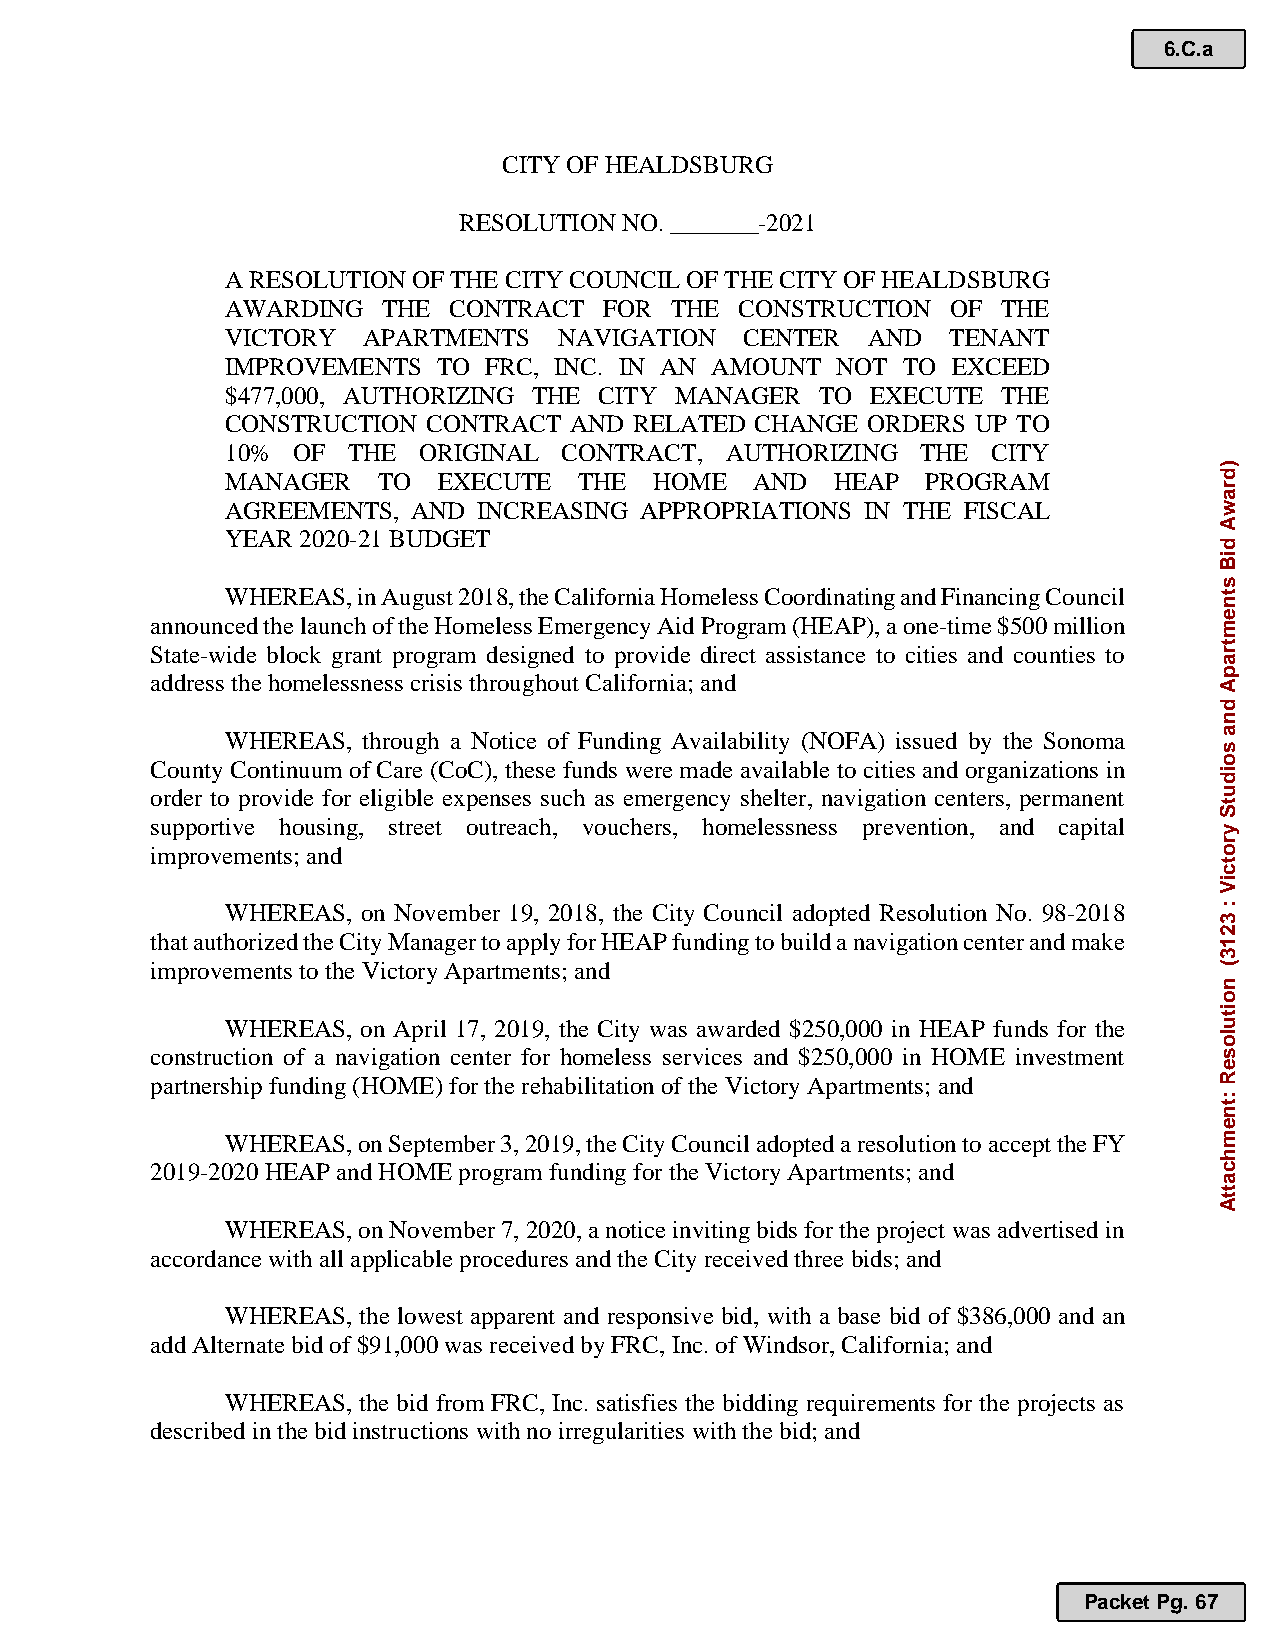
6.C.a
 CITY OF HEALDSBURG
 RESOLUTION NO. _______-2021
 A RESOLUTION OF THE CITY COUNCIL OF THE CITY OF HEALDSBURG
 AWARDING  THE  CONTRACT  FOR THE  CONSTRUCTION  OF THE
 VICTORY  APARTMENTS   NAVIGATION  CENTER  AND   TENANT
 IMPROVEMENTS  TO FRC, INC. IN AN AMOUNT NOT  TO EXCEED
 $477,000, AUTHORIZING THE CITY MANAGER TO  EXECUTE THE
 CONSTRUCTION CONTRACT  AND RELATED CHANGE ORDERS  UP TO
 10% OF  THE  ORIGINAL CONTRACT,  AUTHORIZING  THE  CITY
 MANAGER   TO  EXECUTE  THE  HOME   AND  HEAP  PROGRAM
 AGREEMENTS, AND  INCREASING APPROPRIATIONS IN THE FISCAL
 YEAR 2020-21 BUDGET
 WHEREAS, in August 2018, the California Homeless Coordinating and Financing Council
 announced the launch of the Homeless Emergency Aid Program (HEAP), a one-time $500 million
 State-wide block grant program designed to provide direct assistance to cities and counties to
 address the homelessness crisis throughout California; and
 WHEREAS, through a Notice of Funding Availability (NOFA) issued by the Sonoma
 County Continuum of Care (CoC), these funds were made available to cities and organizations in
 order to provide for eligible expenses such as emergency shelter, navigation centers, permanent
 supportive housing, street outreach, vouchers, homelessness prevention, and capital
 improvements; and
 WHEREAS, on November 19, 2018, the City Council adopted Resolution No. 98-2018
 that authorized the City Manager to apply for HEAP funding to build a navigation center and make
 improvements to the Victory Apartments; and
 WHEREAS, on April 17, 2019, the City was awarded $250,000 in HEAP funds for the
 construction of a navigation center for homeless services and $250,000 in HOME investment
 partnership funding (HOME) for the rehabilitation of the Victory Apartments; and
 WHEREAS, on September 3, 2019, the City Council adopted a resolution to accept the FY
 2019-2020 HEAP and HOME program funding for the Victory Apartments; and
 WHEREAS, on November 7, 2020, a notice inviting bids for the project was advertised in
 accordance with all applicable procedures and the City received three bids; and
 WHEREAS, the lowest apparent and responsive bid, with a base bid of $386,000 and an
 add Alternate bid of $91,000 was received by FRC, Inc. of Windsor, California; and
 WHEREAS, the bid from FRC, Inc. satisfies the bidding requirements for the projects as
 described in the bid instructions with no irregularities with the bid; and
 Packet Pg. 67
 )drawA
 diB
 stnemtrapA
 dna
 soidutS
 yrotciV
 :
 3213(
 noituloseR
 :tnemhcattA